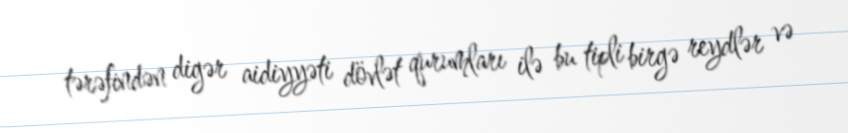
tərəfindən digər aidiyyəti dövlət qurumları ilə bu tipli birgə reydlər və